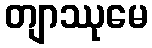
တျာဿုမေ